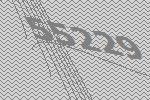
55229